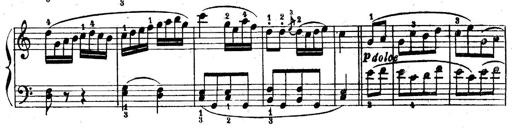
Title: 6 Piano Sonatinas
Composer: Cornelius Gurlitt